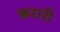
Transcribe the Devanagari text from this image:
क़रारी